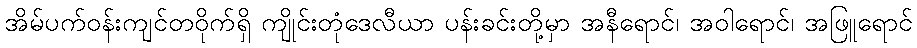
အိမ်ပက်ဝန်းကျင်တဝိုက်ရှိ ကျိုင်းတုံဒေလီယာ ပန်းခင်းတို့မှာ အနီရောင်၊ အဝါရောင်၊ အဖြူရောင်